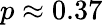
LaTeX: p\approx 0.37